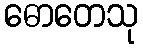
ဓောတေသု